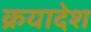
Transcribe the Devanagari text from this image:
क्रयादेश